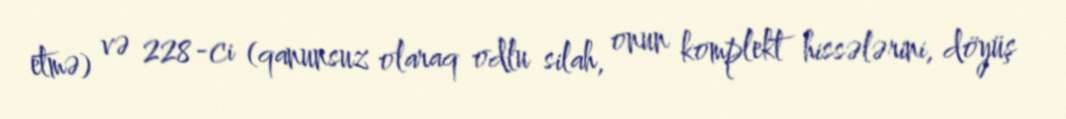
etmə) və 228-ci (qanunsuz olaraq odlu silah, onun komplekt hissələrini, döyüş